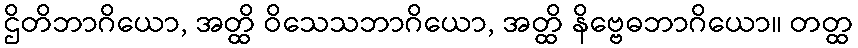
ဌိတိဘာဂိယော, အတ္ထိ ဝိသေသဘာဂိယော, အတ္ထိ နိဗ္ဗေဓဘာဂိယော။ တတ္ထ